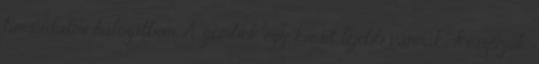
társadalmi hálózatban. A gombok egy kicsit lejebb vannak. Köszönjük.